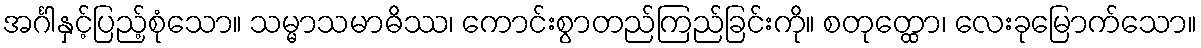
အင်္ဂါနှင့်ပြည့်စုံသော။ သမ္မာသမာဓိဿ၊ ကောင်းစွာတည်ကြည်ခြင်းကို။ စတုတ္ထော၊ လေးခုမြောက်သော။